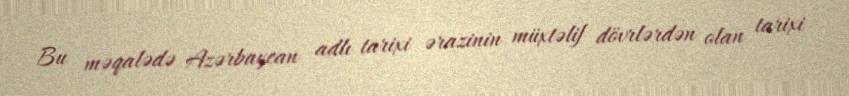
Bu məqalədə Azərbaycan adlı tarixi ərazinin müxtəlif dövrlərdən olan tarixi